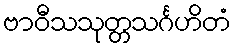
ဗာဝီသသုတ္တသင်္ဂဟိတံ